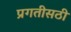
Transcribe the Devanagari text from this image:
प्रगतीसठी